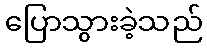
ပြောသွားခဲ့သည်